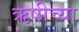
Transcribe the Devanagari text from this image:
ऋषीच्या